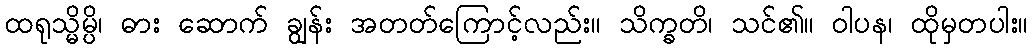
ထရုသ္မိမ္ပိ၊ ဓား ဆောက် ချွန်း အတတ်ကြောင့်လည်း။ သိက္ခတိ၊ သင်၏။ ဝါပန၊ ထိုမှတပါး။